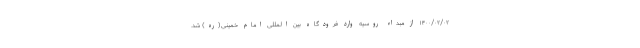
۱۴۰۰/۰۲/۰۲ از مبداء روسیه وارد فرودگاه بین المللی امام خمینی(ره) شد.